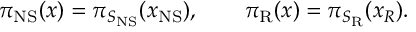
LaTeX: \pi _ { \mathrm { N S } } ( x ) = \pi _ { S _ { \mathrm { N S } } } ( x _ { \mathrm { N S } } ) , \qquad \pi _ { \mathrm { R } } ( x ) = \pi _ { S _ { \mathrm { R } } } ( x _ { R } ) .